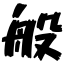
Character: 般